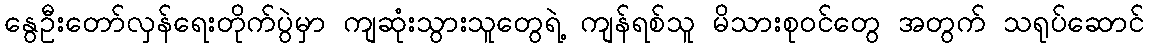
နွေဦးတော်လှန်ရေးတိုက်ပွဲမှာ ကျဆုံးသွားသူတွေရဲ့ ကျန်ရစ်သူ မိသားစုဝင်တွေ အတွက် သရုပ်ဆောင်